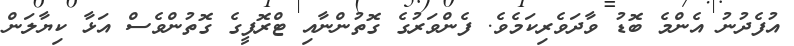
އުފެދުނު އެންމެ ބޮޑު ވާދަވެރިކަމެވެ. ފެންވަރުގެ ގޮތުންނާއި ޓްރޮފީގެ ގޮތުންވެސް އަޅާ ކިޔާލަން